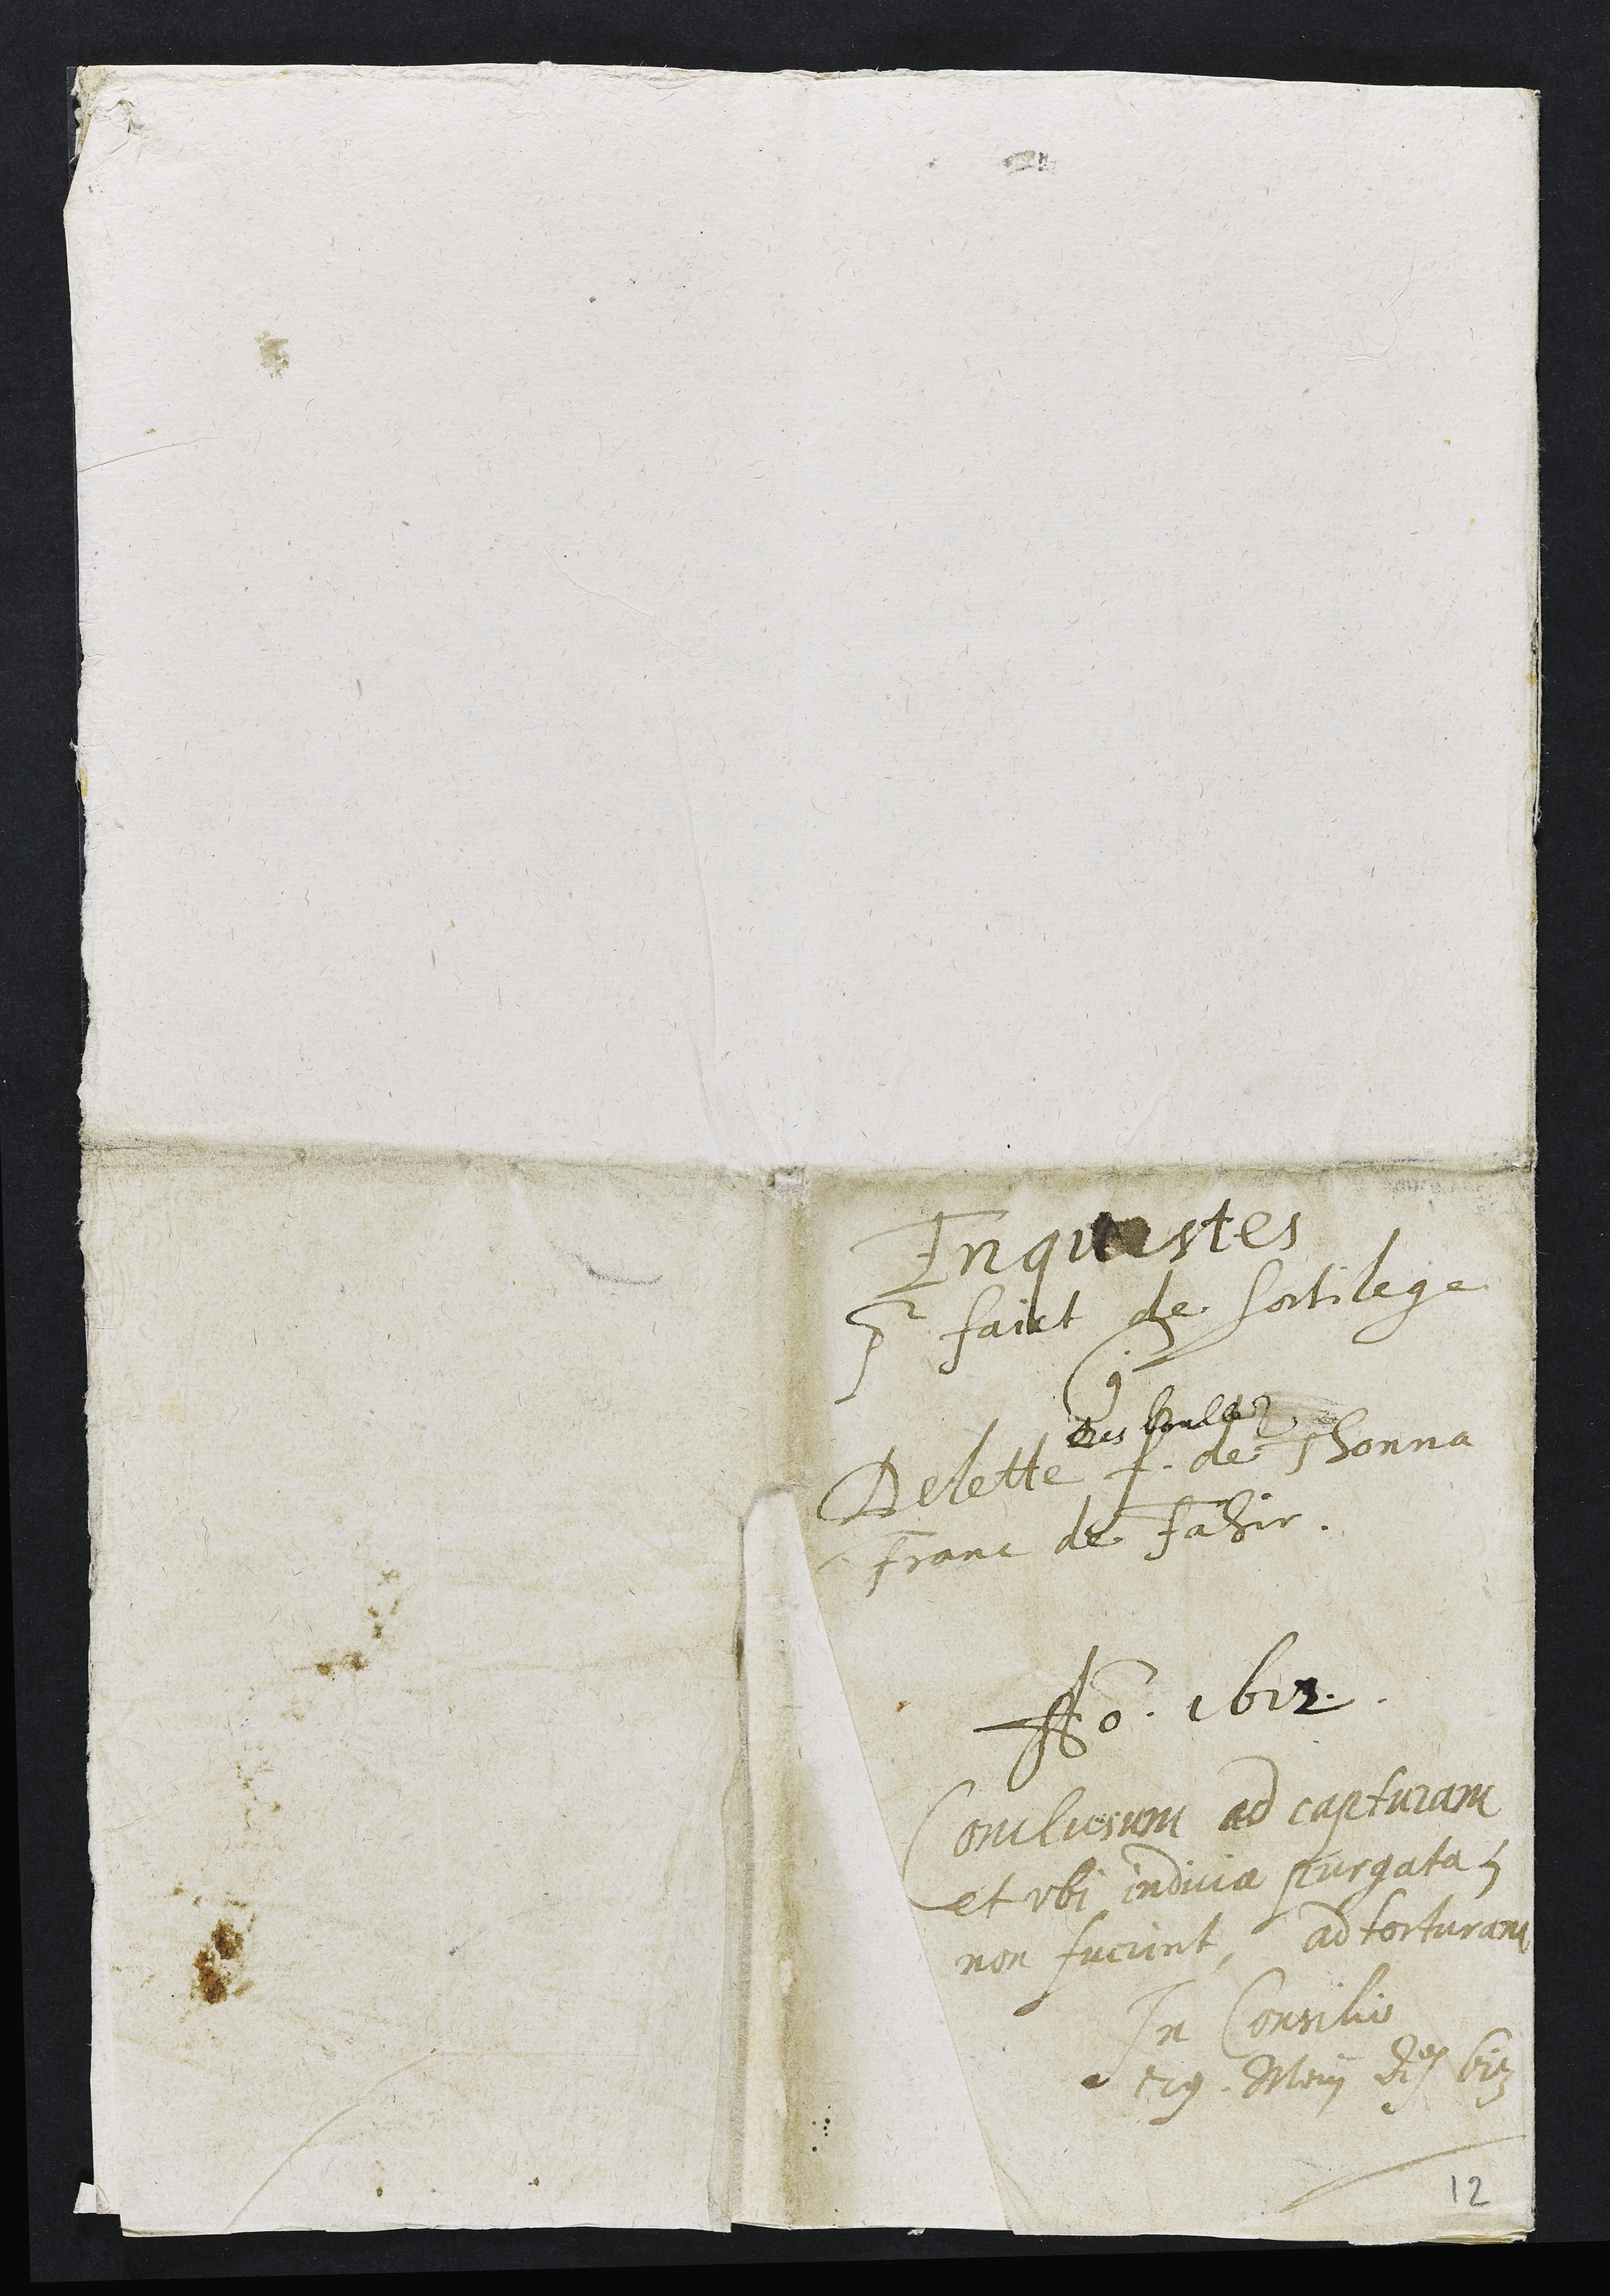
Enquestes
pour faict de sortilege
contre
Delette.
Des boullez
f. de Thonna
Franc de Fahir.
Ao 1612.
Conclusum ad capturam
et ubi indicia purgata
non fuerint ad torturam
In Consilio
29. May Ao 613